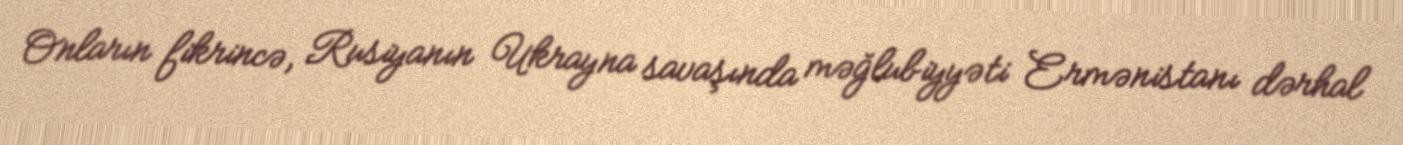
Onların fikrincə, Rusiyanın Ukrayna savaşında məğlubiyyəti Ermənistanı dərhal